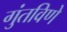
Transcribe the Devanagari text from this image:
गुंतविणे